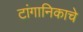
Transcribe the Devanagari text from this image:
टांगानिकाचे